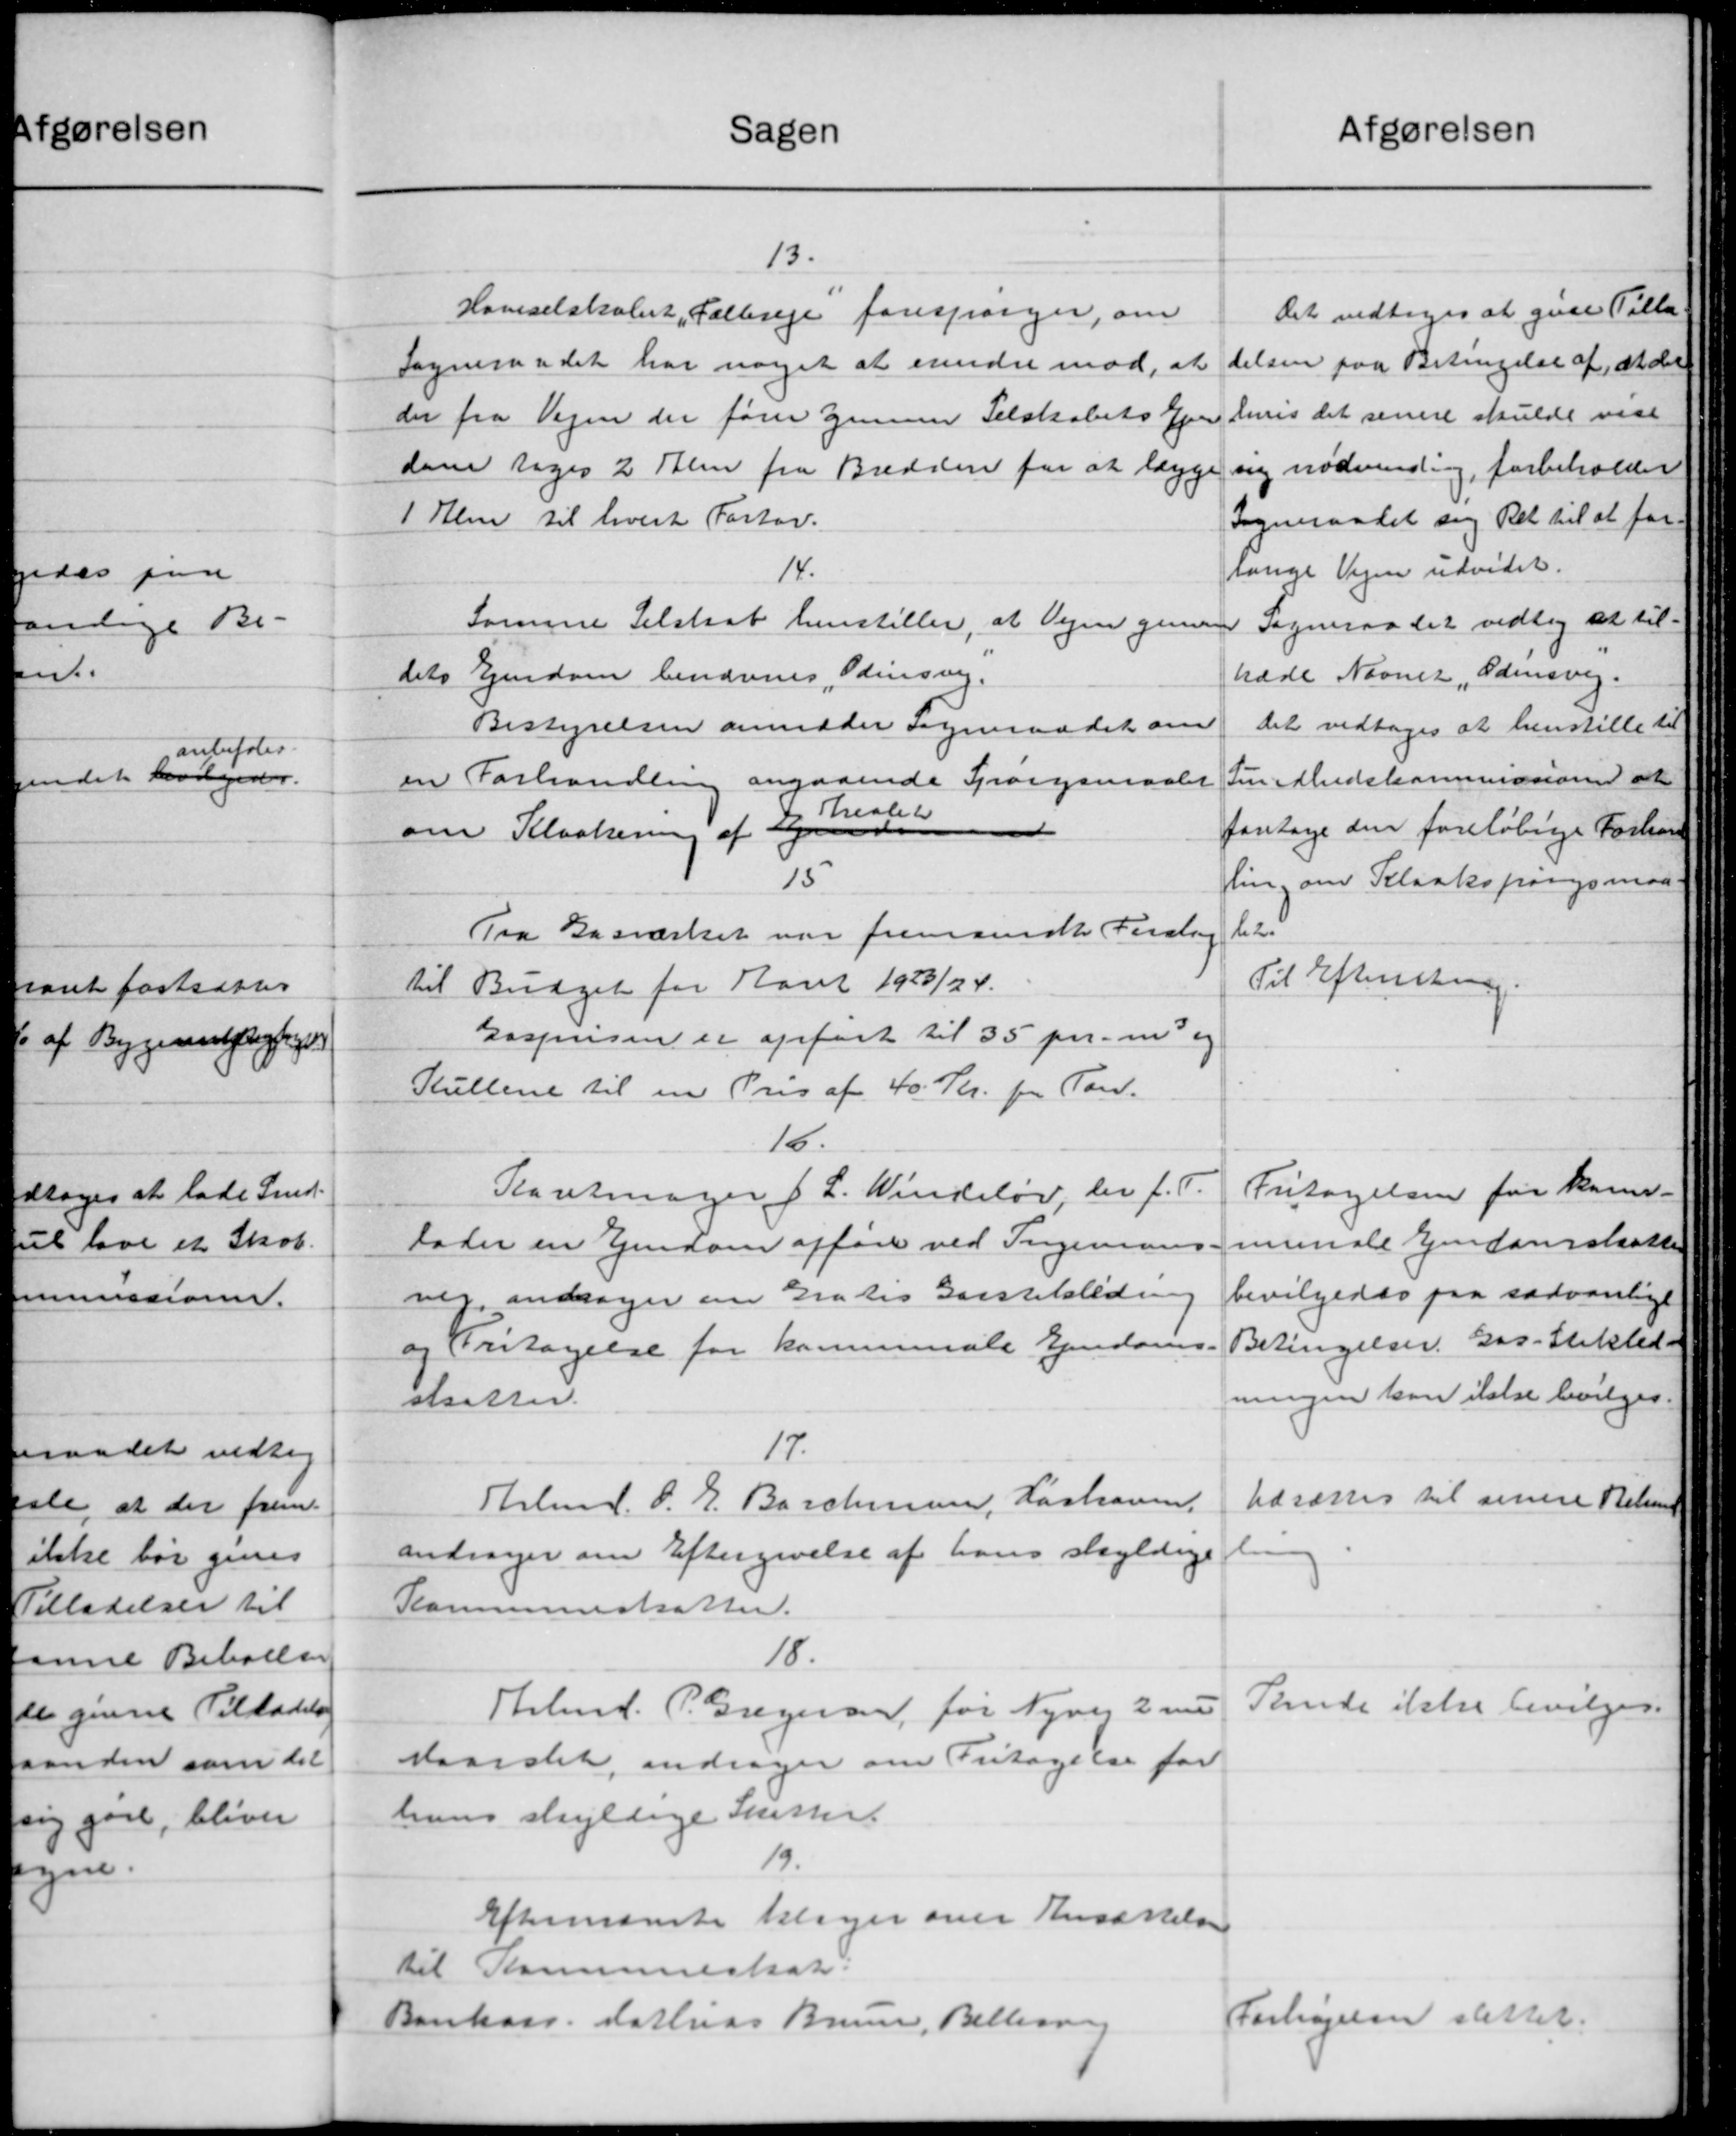
Transskription:
Sagen
13.
Haveselskabet „Salbreje forespørger, om
Sogneraadet har noget at erindre mod, at
der fra Vejen der fører gennem Selskabets Ejen
dom tages 2 Stem fra Bredden for at lægge
1 den til hvert Portov.
14.
Samme Selstrat henstiller, at Vejen genne
dets Ejendom benævnes "Odensvej.
Bestyrelsen anmoder Sogneraadet om
en Forhandling angaaende Spørgsmaalet
Rrealet
1
om Kloakerne af 2
15
Fra Gasværket var fremsendt Forslag
til Braget for Aaret 1923/24.
Gasprisen er opført til 35 pr. m og
Kullene til en Pris af 40 Kr. fra Tand.
16.
Plaretmager J. L. Windeløv, der f. T.
lader en Ejendom afførte ved Ingemand
vej andrager om Gratis Garstelsledning
og Fritagelse for kommunale Ejendoms
stsatter.
17.
Hrbmd. O. E. Barchman, Hashaven.
andrager om Eftergivelse af hans skyldige
Kommuneskatter.
18.
Hrbmd. P. Gregeren, for Nyvej 2 nu
Maarslet, andrager om Fritagelse for
hans skyldige Skatter.
19.
Efternævnte klager over Ansættelse
til Kommuneskat.
Bankoss. Kathias Bruun, Bellerne